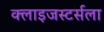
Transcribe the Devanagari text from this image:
क्लाइजस्टर्सला